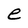
Character: e